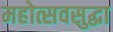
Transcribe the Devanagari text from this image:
महोत्सवसुद्धा